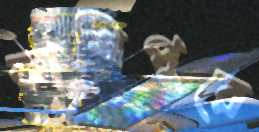
কাশিপুরে